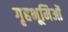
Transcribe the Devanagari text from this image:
गृहभूमिओं